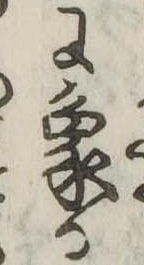
に象る